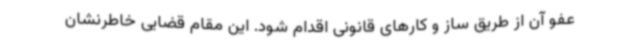
عفو آن از طریق ساز و کارهای قانونی اقدام شود. این مقام قضایی خاطرنشان